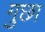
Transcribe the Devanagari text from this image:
गुछा